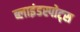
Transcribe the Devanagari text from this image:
ब्लाइंडस्पोट्स